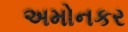
અમોનકર